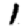
Digit: 1